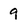
Character: 9